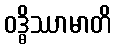
ဝဒ္ဓိဿာမာတိ